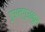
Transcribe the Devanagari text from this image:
ग़ुअल्गुअनुस